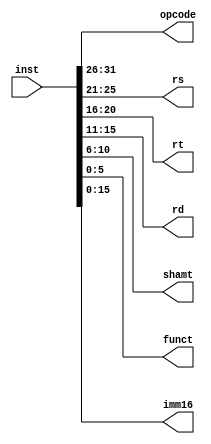
`timescale 1ns / 1ps

// Brief: Instruction Decoder, combinatorial
module CmbDecoder(inst, opcode, rs, rt, rd, shamt, funct, imm16);
    input [31:0] inst;
    output [5:0] opcode;
    output [4:0] rs;
    output [4:0] rt;
    output [4:0] rd;
    output [4:0] shamt;
    output [5:0] funct;
    output [15:0] imm16;
		
    assign opcode[5:0] = inst[31:26];
    assign rs[4:0] = inst[25:21];
    assign rt[4:0] = inst[20:16];
    assign rd[4:0] = inst[15:11];
    assign shamt[4:0] = inst[10:6];
    assign funct[5:0] = inst[5:0];
    assign imm16[15:0] = inst[15:0];
endmodule